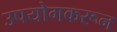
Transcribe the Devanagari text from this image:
उपयोगकरून